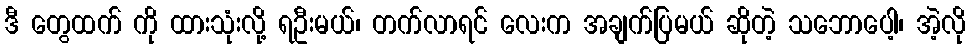
ဒီ တွေထက် ကို ထားသုံးလို့ ရဦးမယ်၊ တက်လာရင် လေးက အချက်ပြမယ် ဆိုတဲ့ သဘောပေါ့၊ အဲ့လို